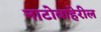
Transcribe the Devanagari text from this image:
नाटोबाहेरील